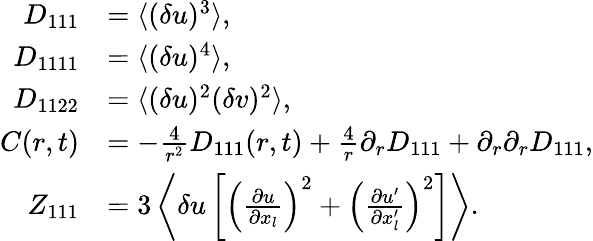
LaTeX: \begin{array}{rl}{D_{111}}&{=\langle{(\delta u)^{3}}\rangle,}\\ {D_{1111}}&{=\langle{(\delta u)^{4}}\rangle,}\\ {D_{1122}}&{=\langle{(\delta u)^{2}(\delta v)^{2}}\rangle,}\\ {C(r,t)}&{=-\frac{4}{r^{2}}D_{111}(r,t)+\frac{4}{r}\partial_{r}D_{111}+\partial_{r}\partial_{r}D_{111},}\\ {Z_{111}}&{=3\left\langle{\delta u\left[\left(\frac{\partial u}{\partial x_{l}}\right)^{2}+\left(\frac{\partial u^{\prime}}{\partial x_{l}^{\prime}}\right)^{2}\right]}\right\rangle.}\end{array}